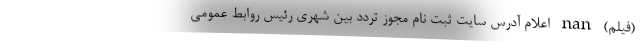
(فیلم) nan اعلام آدرس سایت ثبت نام مجوز تردد بین شهری رئیس روابط عمومی